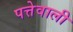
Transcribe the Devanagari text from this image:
पत्तेवाली